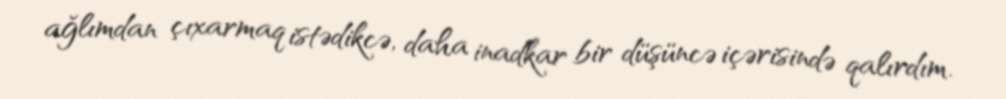
ağlımdan çıxarmaq istədikcə, daha inadkar bir düşüncə içərisində qalırdım.